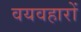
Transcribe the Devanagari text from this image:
वयवहारों